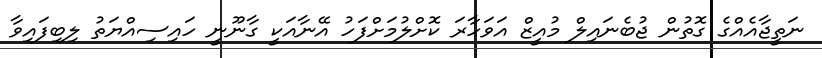
ނަތީޖާއެއްގެ ގޮތުން ޖުބެނައިލް މުއީޒް އަވަހާރަ ކޮށްލުމަށްފަހު އޭނާއަކީ ގާނޫނީ ހައިސިއްޔަތު ލިބިފައިވާ